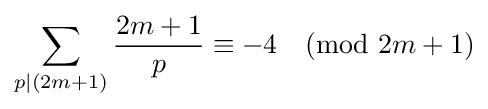
\sum _{p|(2m+1)}{\frac {2m+1}{p}}\equiv -4{\pmod {2m+1}}